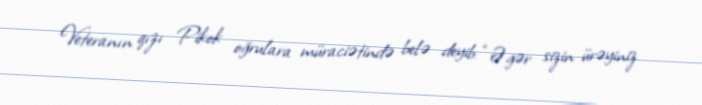
Veteranın qızı Pikok oğrulara müraciətində belə deyib: “Əgər sizin ürəyiniz